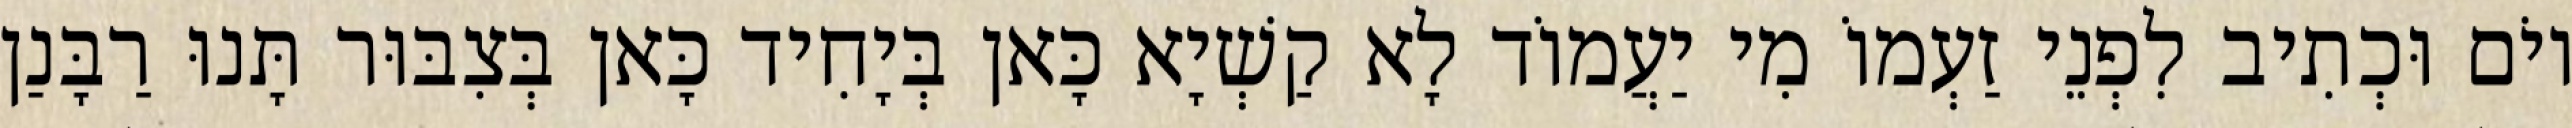
יוֹם וּכְתִיב לִפְנֵי זַעְמוֹ מִי יַעֲמוֹד לָא קַשְׁיָא כָּאן בְּיָחִיד כָּאן בְּצִבּוּר תָּנוּ רַבָּנַן